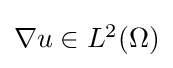
{\textstyle \nabla u\in L^{2}(\Omega )}